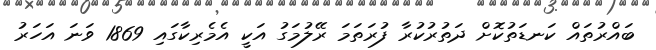
ބައްރުތައް ކަނޑަތުކޮށް ދަތުރުކުރާ ފުރަތަމަ ރޭލުމަގު އަކީ އެމެރިކާގައި 1869 ވަނަ އަހަރު